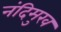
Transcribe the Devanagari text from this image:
नंदिमुख